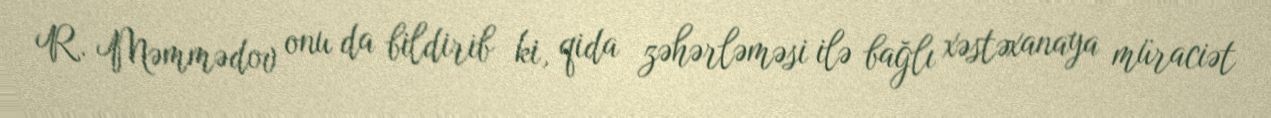
R. Məmmədov onu da bildirib ki, qida zəhərləməsi ilə bağlı xəstəxanaya müraciət